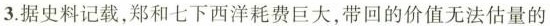
3.据史料记载，郑和七下西洋耗费巨大，带回的价值无法估量的